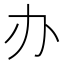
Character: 办